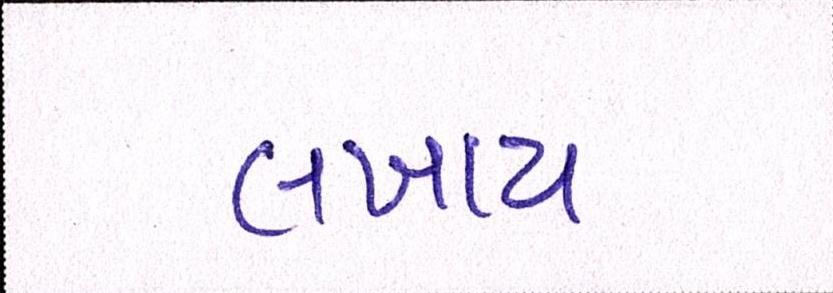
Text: લખાય